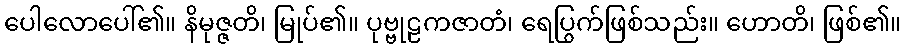
ပေါလောပေါ်၏။ နိမုဇ္ဇတိ၊ မြုပ်၏။ ပုဗ္ဗုဠကဇာတံ၊ ရေပြွက်ဖြစ်သည်း။ ဟောတိ၊ ဖြစ်၏။